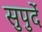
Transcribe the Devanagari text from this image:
सुपुर्दे